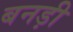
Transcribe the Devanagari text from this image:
बनड़ी